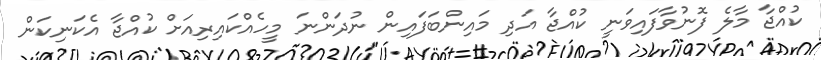
ކުއްޖާ މާލެ ފޮނުވާފައިވަނީ ކުއްޖާ އަދި މައިންބަފައިން ނުދަންނަ މީހެއްކައިރިއަށް ކުއްޖާ އެކަނިކަން